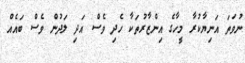
ނުވަތަ އަނިޔާކުރާ މީހާގެ އިންޒާރުތަކާ ހެދި ވެސް އަދި ލަދުން ވެސް ބައެއް